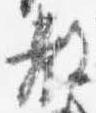
教